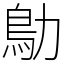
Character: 鳨